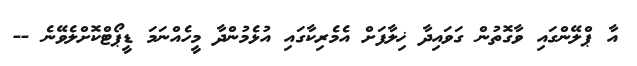
އާ ޕްލޭންގައި ވާގޮތުން ގަވައިދާ ޚިލާފަށް އެމެރިކާގައި އުޅެމުންދާ މީހެއްނަމަ ޑީޕޯޓްކޮށްލެވޭނެ --